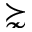
\succnsim